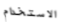
الاستخدام